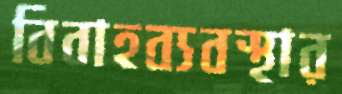
বিবাহব্যবস্থার